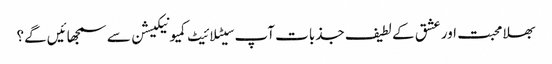
بھلا محبت اور عشق کے لطیف جذبات آپ سیٹلائیٹ کمیونیکیشن سے سمجھائیں گے؟